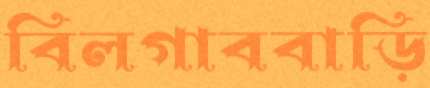
বিলগাববাড়ি